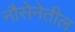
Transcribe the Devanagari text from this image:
नौसेनेतील